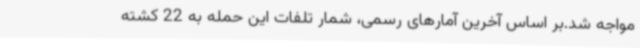
مواجه شد.بر اساس آخرین آمارهای رسمی، شمار تلفات این حمله به 22 کشته